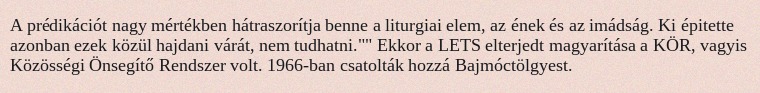
A prédikációt nagy mértékben hátraszorítja benne a liturgiai elem, az ének és az imádság. Ki épitette azonban ezek közül hajdani várát, nem tudhatni."" Ekkor a LETS elterjedt magyarítása a KÖR, vagyis Közösségi Önsegítő Rendszer volt. 1966-ban csatolták hozzá Bajmóctölgyest.